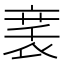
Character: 𬡚